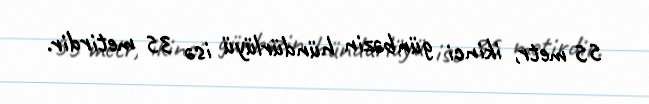
55 metr, ikinci günbəzin hündürlüyü isə 35 metirdir.